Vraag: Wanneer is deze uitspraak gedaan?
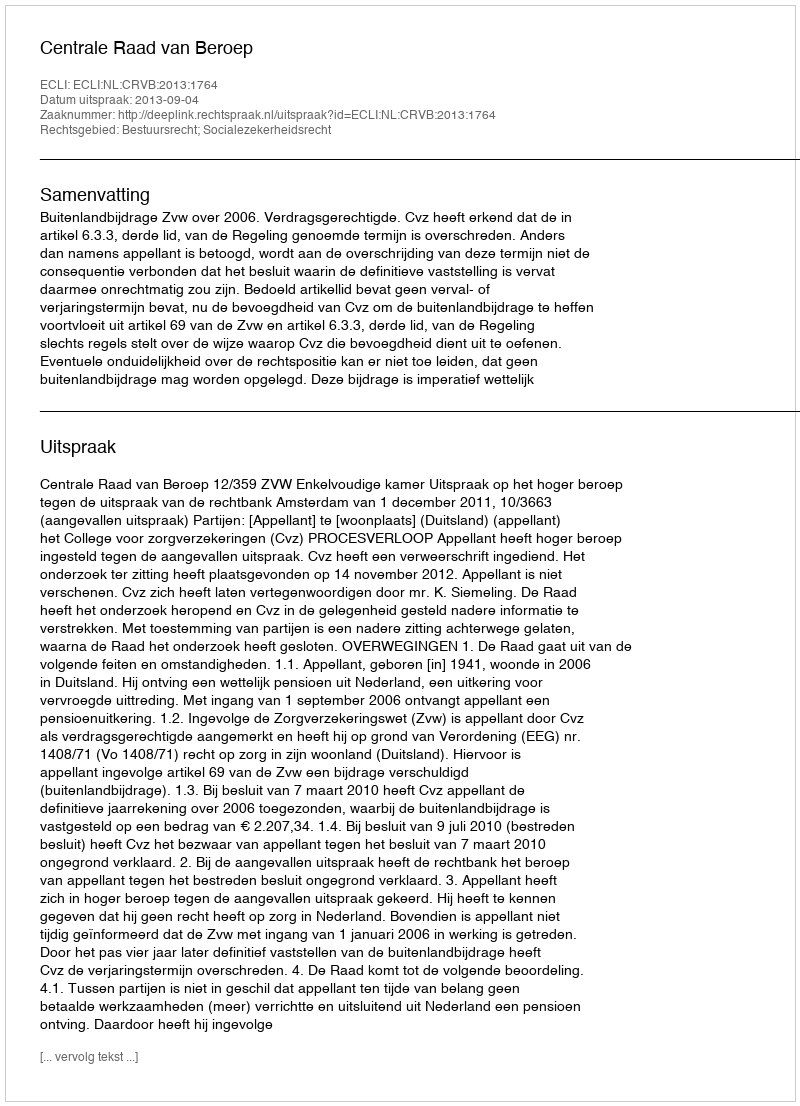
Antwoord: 2013-09-04